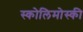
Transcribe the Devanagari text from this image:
स्कोलिमोस्की